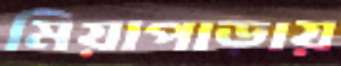
মিয়াপাড়ায়